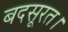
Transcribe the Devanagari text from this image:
बदसूरत।